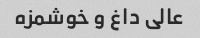
عالی داغ و خوشمزه